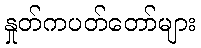
နှုတ်ကပတ်တော်များ